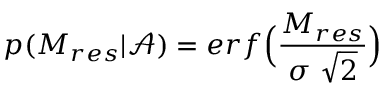
p ( M _ { r e s } | \mathcal { A } ) = e r f \Big ( \frac { M _ { r e s } } { \sigma ~ \sqrt { 2 } } \Big )